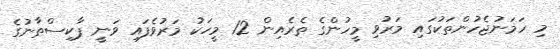
މި ހަމަނުޖެހުންތަކުގައި މަރުވި މީހުންގެ ތެރެއިން 12 މީހަކު މަރުވެފައި ވަނީ ޕާކިސްތާނުގެ